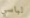
لباسي